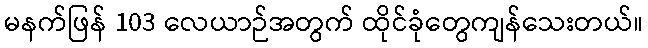
မနက်ဖြန် 103 လေယာဉ်အတွက် ထိုင်ခုံတွေကျန်သေးတယ်။